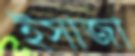
ইসাজা